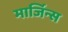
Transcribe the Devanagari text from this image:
मार्जिन्स